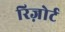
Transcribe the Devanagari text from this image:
रिज़ोर्ट